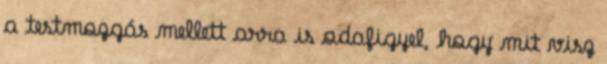
a testmozgás mellett arra is odafigyel, hogy mit visz